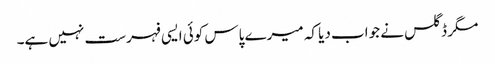
مگر ڈگلس نے جواب دیا کہ میرے پاس کوئی ایسی فہرست نہیں ہے۔